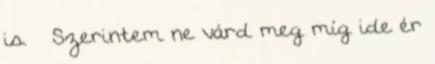
is. – Szerintem ne várd meg míg ide ér